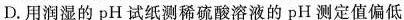
D.用润湿的pH试纸测稀硫酸溶液的pH测定值偏低